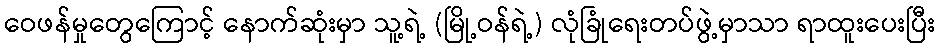
ဝေဖန်မှုတွေကြောင့် နောက်ဆုံးမှာ သူ့ရဲ့ (မြို့ဝန်ရဲ့) လုံခြုံရေးတပ်ဖွဲ့မှာသာ ရာထူးပေးပြီး